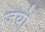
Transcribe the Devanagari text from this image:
जयों